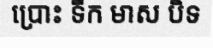
ប្រោះ ទឹក មាស បិទ